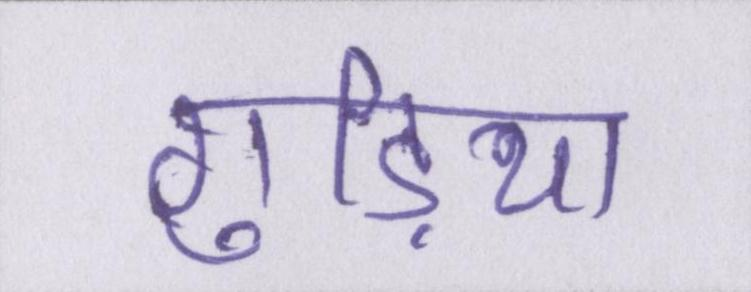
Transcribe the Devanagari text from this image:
गुड़िया